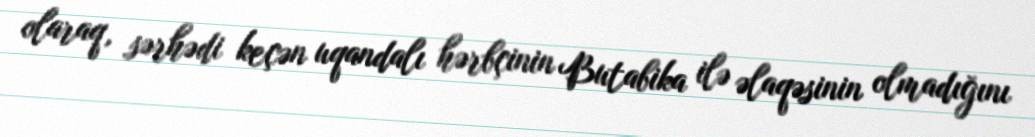
olaraq, sərhədi keçən uqandalı hərbçinin Butabika ilə əlaqəsinin olmadığını